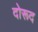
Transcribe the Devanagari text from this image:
दोरूद